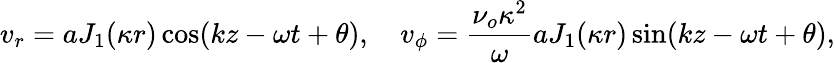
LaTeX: v_{r}=aJ_{1}(\kappa r)\cos(kz-\omega t+\theta),\quad v_{\phi}=\frac{\nu_{o}\kappa^{2}}{\omega}aJ_{1}(\kappa r)\sin(kz-\omega t+\theta),